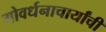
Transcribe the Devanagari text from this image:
गोवर्धनाचार्यांची